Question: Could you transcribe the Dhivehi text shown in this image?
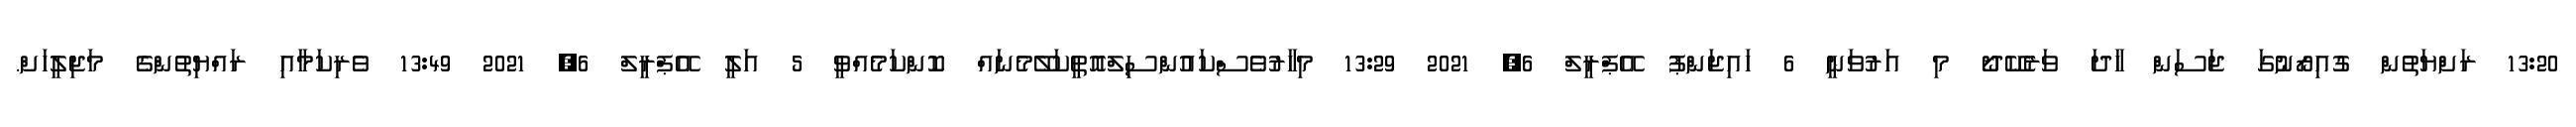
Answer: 13:20 ރަށްޔަތުން ގުއިރޯނުގަ ޖަސަން ހާދަ ވަރެކޭދޯ މި އަރުވަނީ 6 ހައިޖަންޕު އޭޕްރީލް 6, 2021 13:29 މިހާރުވެސްކައުންސިލްއޮތީކަލޭމެނައް ކޮންކަމެއްވީ 5 އަލީ އޭޕްރީލް 6, 2021 13:49 ވެރިކަމާއި ރައްޔިތުންގެ މަޖިލީހަށް.